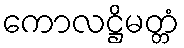
ကောလဋ္ဌိမတ္တံ